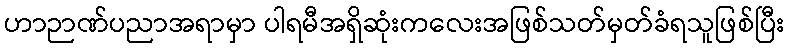
ဟာဉာဏ်ပညာအရာမှာ ပါရမီအရှိဆုံးကလေးအဖြစ်သတ်မှတ်ခံရသူဖြစ်ပြီး